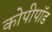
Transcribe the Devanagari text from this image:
कोपीपॉड